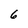
Character: 6